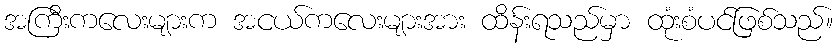
အကြီးကလေးများက အငယ်ကလေးများအား ထိန်းရသည်မှာ ထုံးစံပင်ဖြစ်သည်။